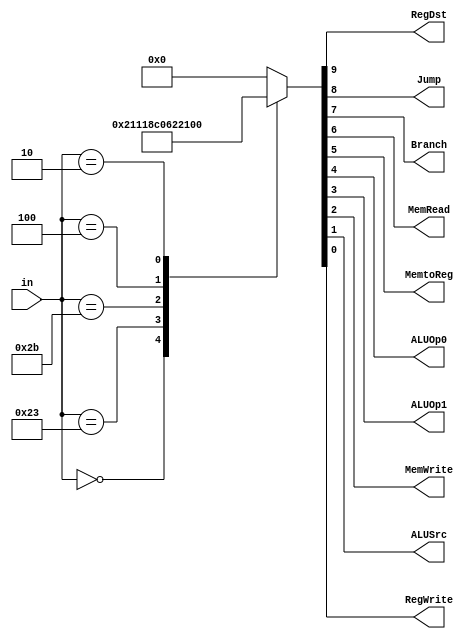
`timescale 1ns / 1ps
//////////////////////////////////////////////////////////////////////////////////
// Company:
// Engineer:
//
// Design Name:
// Module Name: controller
// Project Name:
// Target Devices:
// Tool Versions:
// Description:
//
// Dependencies:
//
// Revision:
// Revision 0.01 - File Created
// Additional Comments:
//
//////////////////////////////////////////////////////////////////////////////////


module Controller(in,RegDst,Jump,Branch,MemRead,MemtoReg,ALUOp0,ALUOp1,MemWrite,ALUSrc,RegWrite);
    input [5:0] in;
    output RegDst,Jump,Branch,MemRead,MemtoReg,ALUOp0,ALUOp1,MemWrite,ALUSrc,RegWrite;

    function [9:0] out;
        input [5:0] in;
        begin
            case(in)
                6'b000000:out=10'b1_0000_100_01;  //addsub
                6'b100011:out=10'b0_0011_000_11;  //lw
                6'b101011:out=10'b0_0000_001_10;  //sw
                6'b000100:out=10'b0_0100_010_00;  //if
                6'b000010:out=10'b0_1000_000_00;  //jump
                default  :out=10'b0_0000_000_00;
            endcase
        end
    endfunction
    assign {RegDst,Jump,Branch,MemRead,MemtoReg,ALUOp0,ALUOp1,MemWrite,ALUSrc,RegWrite}=out(in);
endmodule